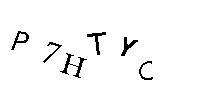
P7HTYC